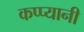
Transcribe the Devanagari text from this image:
कप्प्यानी